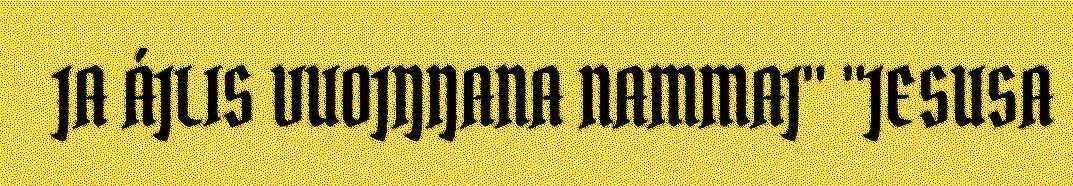
JA ÁJLIS VUOJŊŊANA NAMMAJ" "JESUSA